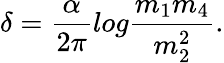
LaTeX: \delta={\frac{\alpha}{2\pi}}log{\frac{m_{1}m_{4}}{m_{2}^{2}}}.